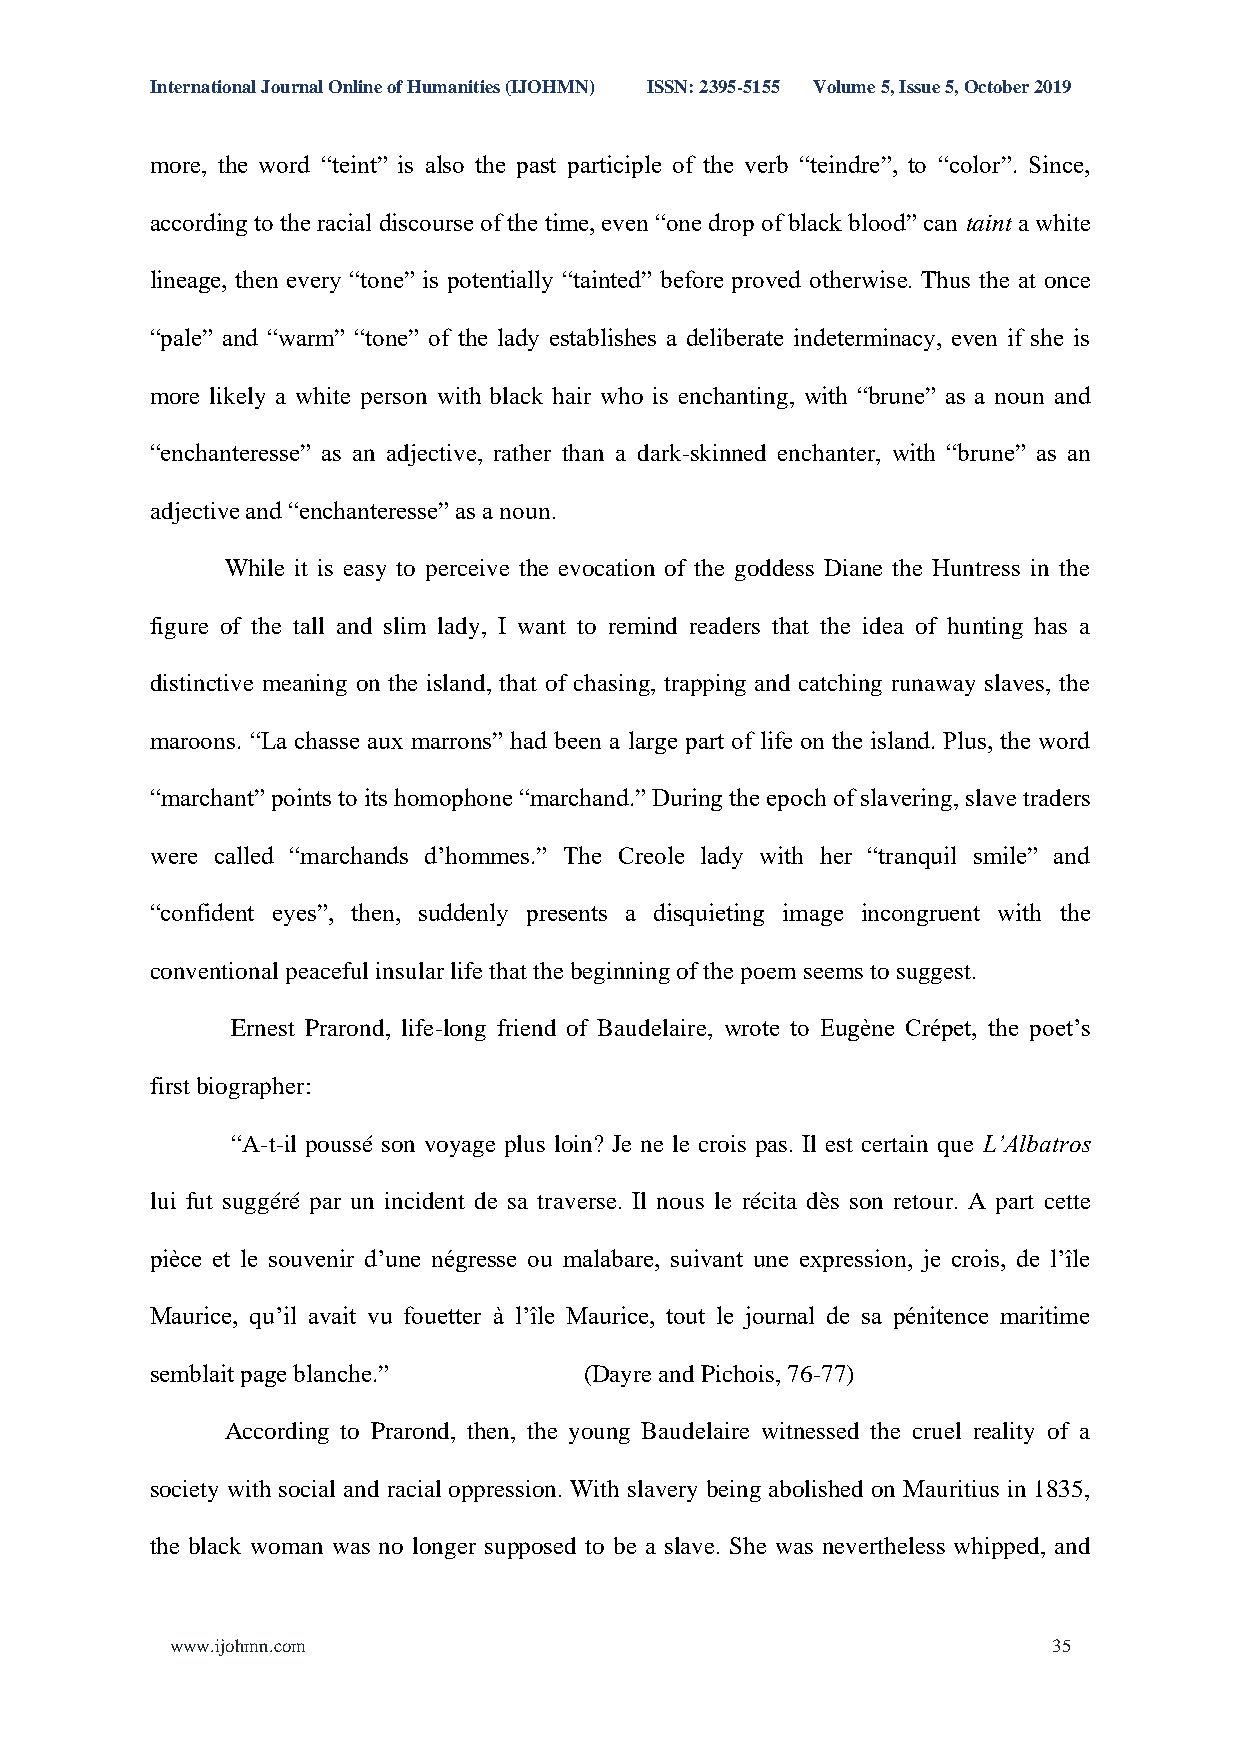
International Journal Online of Humanities (IJOHMN) ISSN: 2395-5155 Volume 5, Issue 5, October 2019
 more, the word “teint” is also the past participle of the verb “teindre”, to “color”. Since,
 according to the racial discourse of the time, even “one drop of black blood” can taint a white
 lineage, then every “tone” is potentially “tainted” before proved otherwise. Thus the at once
 “pale” and “warm” “tone” of the lady establishes a deliberate indeterminacy, even if she is
 more likely a white person with black hair who is enchanting, with “brune” as a noun and
 “enchanteresse” as an adjective, rather than a dark-skinned enchanter, with “brune” as an
 adjective and “enchanteresse” as a noun.
 While it is easy to perceive the evocation of the goddess Diane the Huntress in the
 figure of the tall and slim lady, I want to remind readers that the idea of hunting has a
 distinctive meaning on the island, that of chasing, trapping and catching runaway slaves, the
 maroons. “La chasse aux marrons” had been a large part of life on the island. Plus, the word
 “marchant” points to its homophone “marchand.” During the epoch of slavering, slave traders
 were called “marchands d’hommes.” The Creole lady with her “tranquil smile” and
 “confident eyes”, then, suddenly presents a disquieting image incongruent with the
 conventional peaceful insular life that the beginning of the poem seems to suggest.
 Ernest Prarond, life-long friend of Baudelaire, wrote to Eugène Crépet, the poet’s
 first biographer:
 “A-t-il poussé son voyage plus loin? Je ne le crois pas. Il est certain que L’Albatros
 lui fut suggéré par un incident de sa traverse. Il nous le récita dès son retour. A part cette
 pièce et le souvenir d’une négresse ou malabare, suivant une expression, je crois, de l’île
 Maurice, qu’il avait vu fouetter à l’île Maurice, tout le journal de sa pénitence maritime
 semblait page blanche.”      (Dayre and Pichois, 76-77)
 According to Prarond, then, the young Baudelaire witnessed the cruel reality of a
 society with social and racial oppression. With slavery being abolished on Mauritius in 1835,
 the black woman was no longer supposed to be a slave. She was nevertheless whipped, and
 www.ijohmn.com                                             35